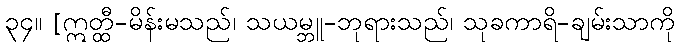
၃၄။ [ဣတ္ထီ-မိန်းမသည်၊ သယမ္ဘူ-ဘုရားသည်၊ သုခကာရိ-ချမ်းသာကို